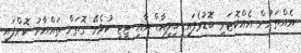
އެއްތަނުން އެއްކޮޓަރި ބޮޑުވެފައި ބިލިއާޑް އާއި ޓީޓީ ކުޅެވޭ ގޮތަށް ތައްޔާރު ކޮށްފައި